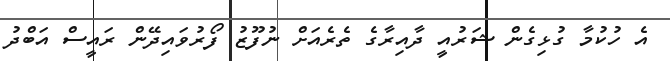
އެ ހުކުމާ ގުޅިގެން ޝަރުއީ ދާއިރާގެ ތެރެއަށް ނުފޫޒު ފޯރުވައިދޭން ރައީސް އަބްދު